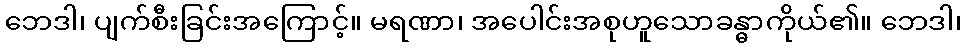
ဘေဒါ၊ ပျက်စီးခြင်းအကြောင့်။ မရဏာ၊ အပေါင်းအစုဟူသောခန္ဓာကိုယ်၏။ ဘေဒါ၊